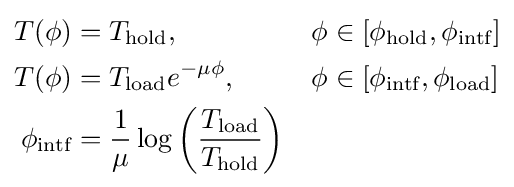
{\begin{aligned}T(\phi )&=T_{\text{hold}},&\phi &\in \left[\phi _{\text{hold}},\phi _{\text{intf}}\right]\\T(\phi )&=T_{\text{load}}e^{-\mu \phi },&\phi &\in \left[\phi _{\text{intf}},\phi _{\text{load}}\right]\\\phi _{\text{intf}}&={\frac {1}{\mu }}\log \left({\frac {T_{\text{load}}}{T_{\text{hold}}}}\right)&\end{aligned}}